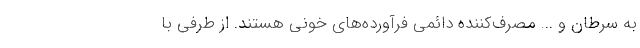
به سرطان و ... مصرف‌کننده دائمی فرآورده‌های خونی هستند. از طرفی با